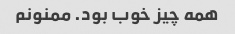
همه چیز خوب بود. ممنونم